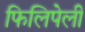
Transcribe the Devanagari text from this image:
फिलिपेली